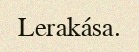
Lerakása.